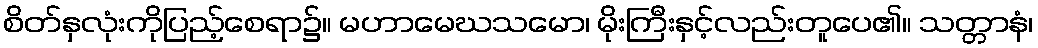
စိတ်နှလုံးကိုပြည့်စေရာ၌။ မဟာမေဃသမော၊ မိုးကြီးနှင့်လည်းတူပေ၏။ သတ္တာနံ၊